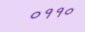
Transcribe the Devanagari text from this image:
०११०